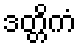
ဒတ္တိကံ